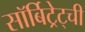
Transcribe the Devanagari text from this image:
सॉर्बिट्रेट्ची